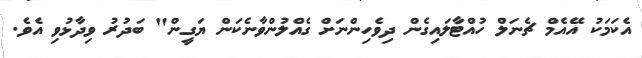
އެކަމަކު އޭއެމް ޗެނަލް ހުއްޓާލައިގެން ދިވެހިންނަށް ގެއްލުންވާނެކަން ޔަގީން" ބަދުރު ވިދާޅުވި އެވެ.